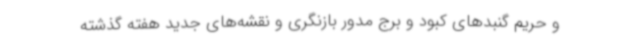
و حریم گنبدهای کبود و برج مدور بازنگری و نقشه‌های جدید هفته گذشته